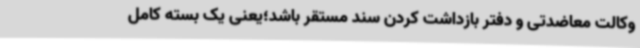
وکالت معاضدتی و دفتر بازداشت کردن سند مستقر باشد؛یعنی یک بسته کامل